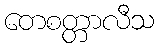
တေစတ္တာလီသ